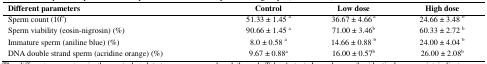
<table><thead><tr><td><b>Different parameters</b></td><td><b>Control</b></td><td><b>Low dose</b></td><td><b>High dose</b></td></tr></thead><tbody><tr><td>Sperm count (10<sup>6</sup>)</td><td>51.33 ± 1.45 <sup>a</sup></td><td>36.67 ± 4.66<sup> a</sup></td><td>24.66 ± 3.48 <sup>b</sup></td></tr><tr><td>Sperm viability (eosin-nigrosin) (%)</td><td>90.66 ± 1.45 <sup>a</sup></td><td>71.00 ± 3.46<sup>b</sup></td><td>60.33 ± 2.72 <sup>b</sup></td></tr><tr><td>Immature sperm (aniline blue) (%)</td><td>8.0 ± 0.58 <sup>a</sup></td><td>14.66 ± 0.88 <sup>b</sup></td><td>24.00 ± 4.04 <sup>b</sup></td></tr><tr><td>DNA double strand sperm (acridine orange) (%)</td><td>9.67 ± 0.88<sup>a</sup></td><td>16.00 ± 0.57<sup>b</sup></td><td>26.00 ± 2.08<sup>b</sup></td></tr></tbody></table>